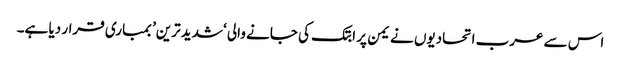
اس سے عرب اتحادیوں نے یمن پر ابتک کی جانے والی ‘شدید ترین’ بمباری قرار دیا ہے۔